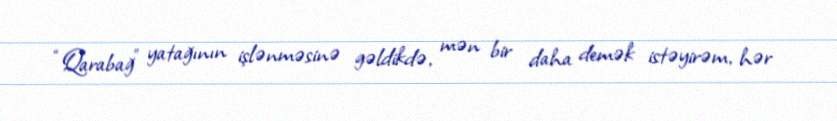
“Qarabağ” yatağının işlənməsinə gəldikdə, mən bir daha demək istəyirəm, hər